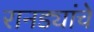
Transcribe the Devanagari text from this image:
रानड्यांचे